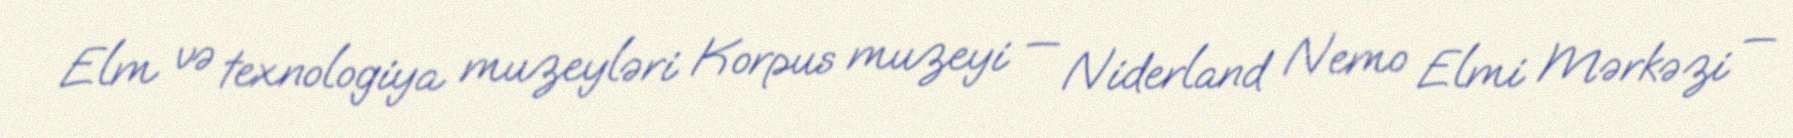
Elm və texnologiya muzeyləri Korpus muzeyi — Niderland Nemo Elmi Mərkəzi —